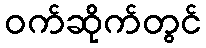
ဝက်ဆိုက်တွင်